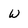
Character: W